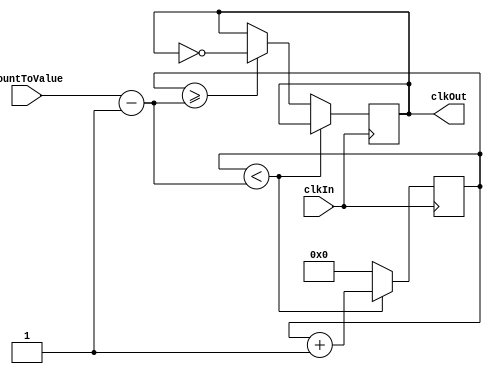

module clock_divider(clkIn,clkOut,countToValue);
	//defining inputs and outputs
	input [31:0] countToValue; 
	input clkIn;
	reg [31:0] count; //declaring a local count variable to keep track of current count
	output reg clkOut=0; //setting initial clkOut value before always block begins
	

	always@(posedge clkIn) begin
		

		if (count<(countToValue-1)) begin //if the counter has not reached the countToValue, keep counting
			count=count+1;
		end
		else if (count>=(countToValue-1))begin //once the count value reaches the countToValue, set the outClk signal
			clkOut=!clkOut;
			count=0;
		end
		else //if the counter has exceeded the designated countToValue, reset the count to 0
			count=0;

	end
endmodule